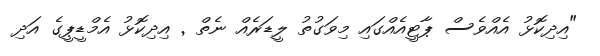
"އިދިކޮޅު އެއްވެސް ޕާޓީއެއްގައި މިވަގުތު ލީޑަރެއް ނެތް